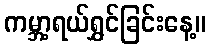
ကမ္ဘာ့ရယ်ရွှင်ခြင်းနေ့။